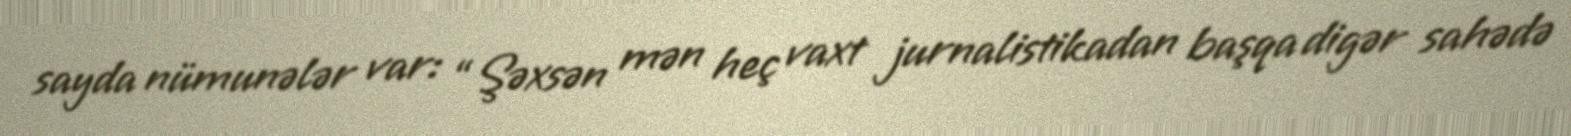
sayda nümunələr var: “Şəxsən mən heç vaxt jurnalistikadan başqa digər sahədə